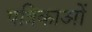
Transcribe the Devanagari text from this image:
पत्रिकाआें